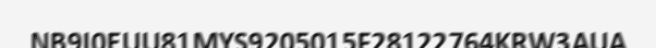
NB9I0EUU81MYS9205015F28122764KRW3AUA